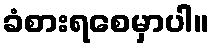
ခံစားရစေမှာပါ။